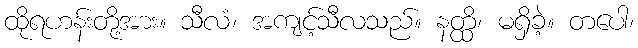
ထိုရဟန်းတို့အား။ သီလံ၊ အကျင့်သီလသည်။ နတ္ထိ၊ မရှိခဲ့။ တပေါ၊